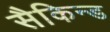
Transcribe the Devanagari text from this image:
सैकिन्ड